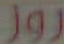
روز